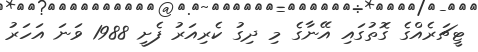
ޓީޗަރެއްގެ ގޮތުގައި އޭނާގެ މި ދިގު ކެރިއަރު ފެށީ 1988 ވަނަ އަހަރު